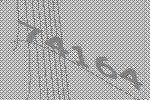
74164